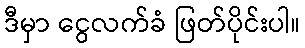
ဒီမှာ ငွေလက်ခံ ဖြတ်ပိုင်းပါ။